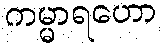
ကမ္မာရဟော